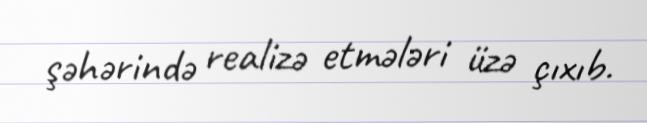
şəhərində realizə etmələri üzə çıxıb.